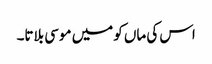
اس کی ماں کو میں موسی بلاتا۔